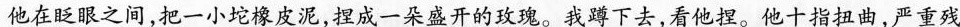
他在眨眼之间,把一小坨橡皮泥,捏成一朵盛开的致瑰。我蹲下去,看他捏。他十指扭曲,严重残